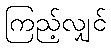
ကြည့်လျှင်